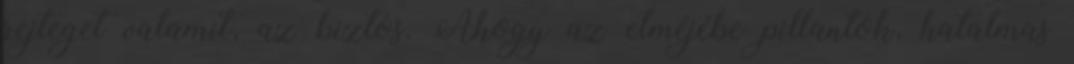
rejteget valamit, az biztos. Ahogy az elméjébe pillantok, hatalmas